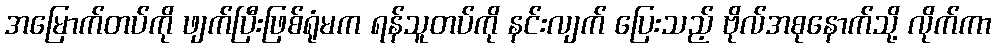
အမြောက်တပ်ကို ဖျက်ပြီးဖြစ်ရုံမက ရန်သူတပ်ကို နင်းလျက် ပြေးသည့် ဗိုလ်အစုနောက်သို့ လိုက်ကာ